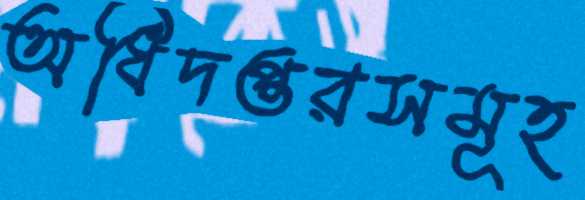
অধিদপ্তরসমূহ